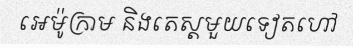
អេម៉ូក្រាម និងតេស្តមួយទៀតហៅ